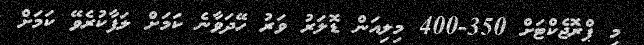
މި ޕްރޮޖެކްޓަަށް 350-400 މިލިއަން ޑޮލަރު ވަރު ހޭދަވާނެ ކަމަށް ލަފާކުރެވޭ ކަމަށް